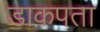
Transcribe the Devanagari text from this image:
डाकपता